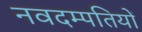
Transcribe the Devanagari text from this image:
नवदम्पतियों